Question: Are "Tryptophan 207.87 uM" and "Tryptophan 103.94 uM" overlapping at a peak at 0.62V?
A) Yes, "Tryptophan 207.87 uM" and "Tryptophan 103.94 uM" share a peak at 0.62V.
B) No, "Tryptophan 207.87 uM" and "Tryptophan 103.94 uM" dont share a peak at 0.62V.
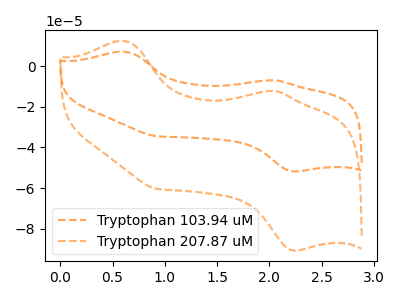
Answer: <think>The orange dashed curve "Tryptophan 103.94 uM" has anodic peaks at (0.60V, 7.15uA) (2.05V, -6.90uA) and cathodic peaks at (2.25V, -51.75uA) (0.90V, -34.45uA). The orange dashed curve "Tryptophan 207.87 uM" has anodic peaks at (0.60V, 12.55uA) (2.05V, -12.15uA) and cathodic peaks at (2.25V, -90.70uA) (0.90V, -60.35uA).</think>
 <answer>B) No, "Tryptophan 207.87 uM" and "Tryptophan 103.94 uM" dont share a peak at 0.62V.</answer>
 <eval>B</eval>